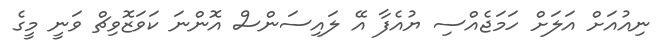
ނިއުއަށް އަލަށް ހަމަޖެއްސި ޔުއެފާ އޭ ލައިސަންސް އޮންނަ ކަވަޒޮވިޗް ވަނީ މީގެ